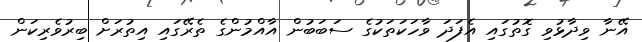
އޭނާ ވިދާޅުވި ގޮތުގައި އެފަދަ ވާހަކަތަކުގެ ސަބަބުން އާއްމުންގެ ތެރޭގައި އިތުރަށް ބިރުވެރިކަން